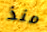
منذ